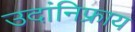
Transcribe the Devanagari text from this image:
उदांनिफ्राय